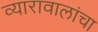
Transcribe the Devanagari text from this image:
व्यारावालांचा